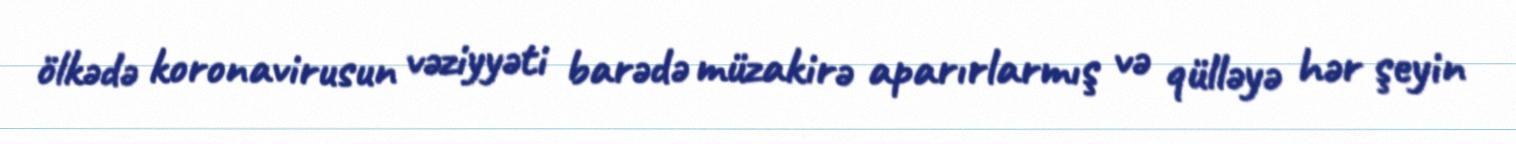
ölkədə koronavirusun vəziyyəti barədə müzakirə aparırlarmış və qülləyə hər şeyin